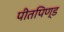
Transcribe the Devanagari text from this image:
पीतपिण्ड